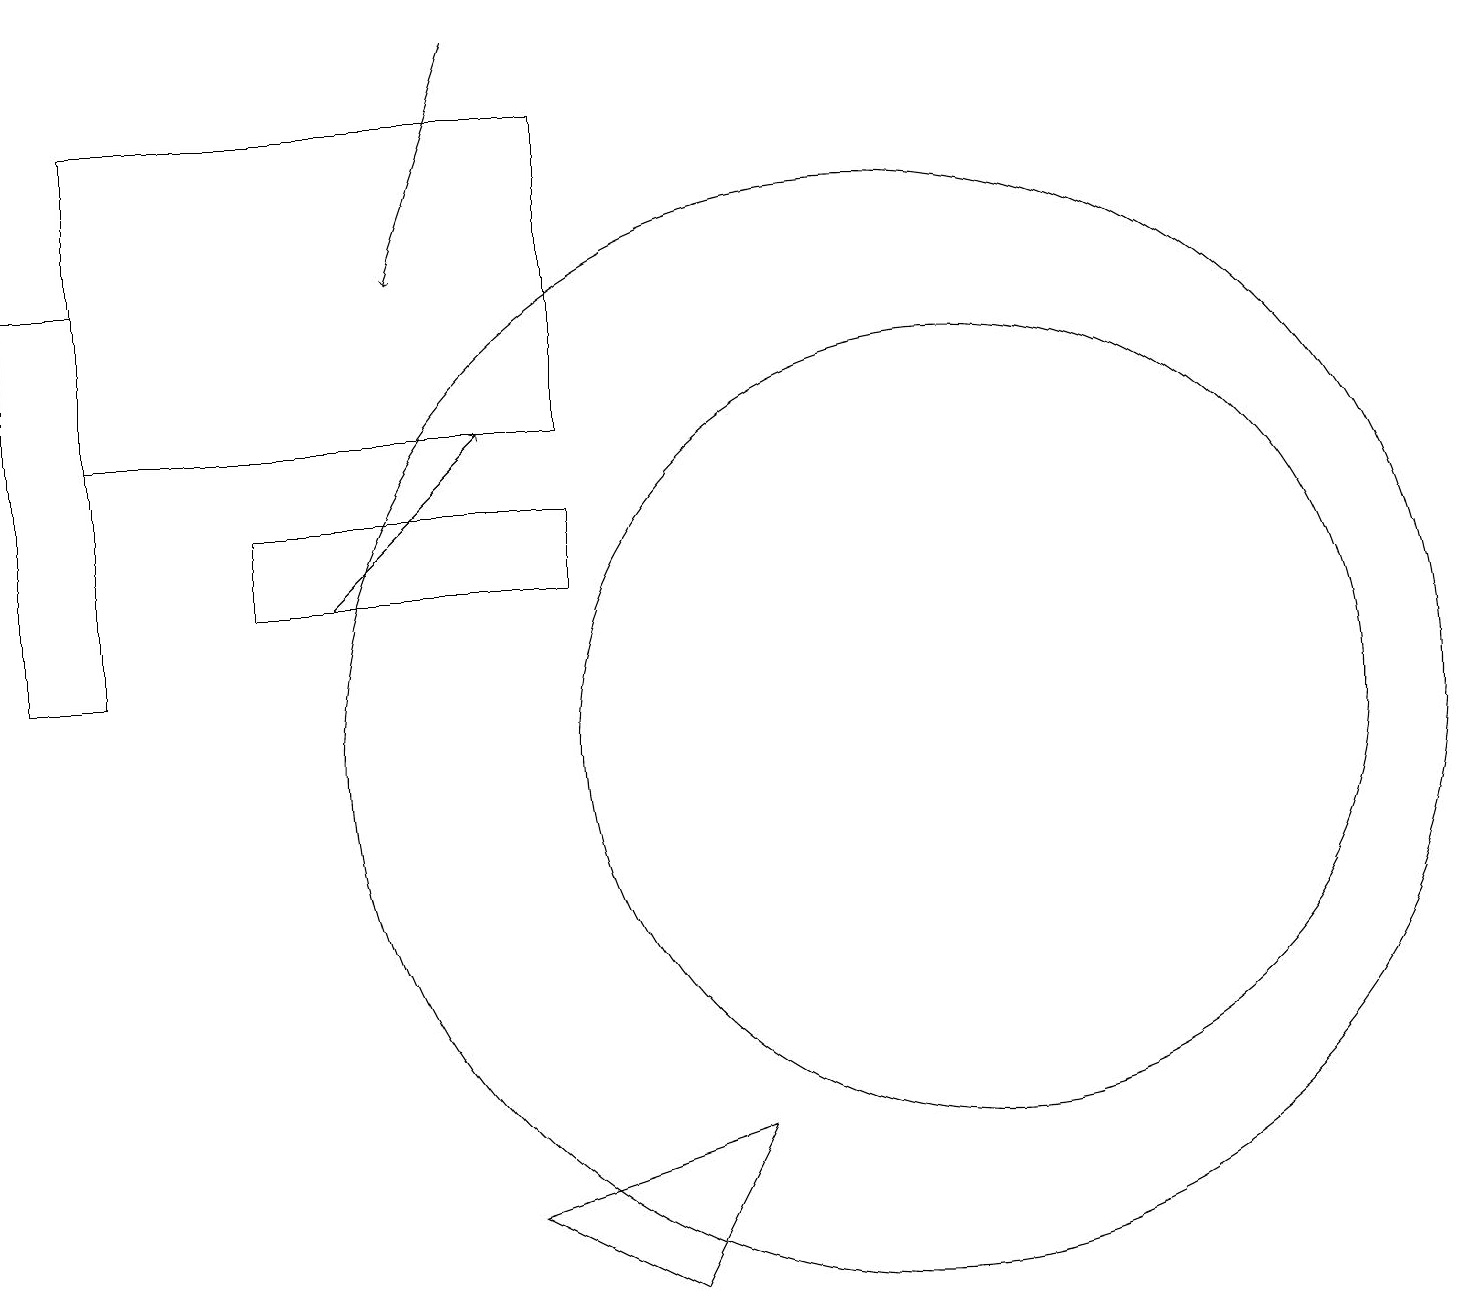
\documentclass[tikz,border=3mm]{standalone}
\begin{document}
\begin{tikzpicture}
\draw (11,10) circle (7);
\draw (9,5) -- (6,4) -- (8,3) -- cycle;
\draw (3,13) rectangle (7,12);
\draw[->] (6,19) -- (5,16);
\draw (12,10) circle (5);
\draw[->] (4,12) -- (6,14);
\draw (7,18) rectangle (1,14);
\draw (1,16) rectangle (0,11);
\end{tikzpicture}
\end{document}